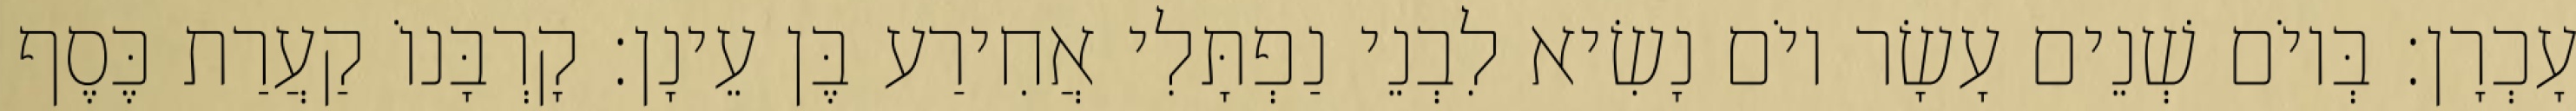
עָכְרָן׃ בְּיוֹם שְׁנֵים עָשָׂר יוֹם נָשִׂיא לִבְנֵי נַפְתָּלִי אֲחִירַע בֶּן עֵינָן׃ קָרְבָּנוֹ קַעֲרַת כֶּסֶף